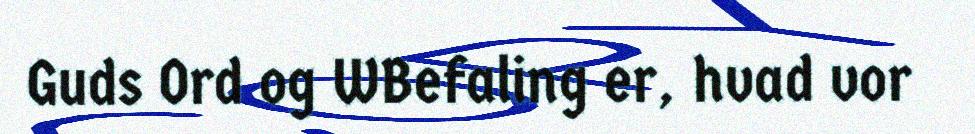
Guds Ord og WBefaling er, hvad vor